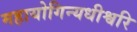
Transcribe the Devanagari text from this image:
महायोगिन्यधीश्वरि